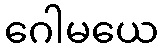
ဂေါမယေ